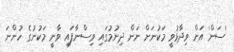
'ސަން' އަށް ވިދާޅުވީ މަކުނަށް ނަން ދިނުމުގައި ވިސްނާފައި ވާނީ މަކުނުގެ ހުންނަ